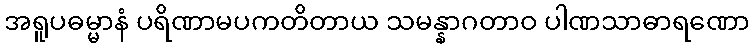
အရူပဓမ္မာနံ ပရိဏာမပကတိတာယ သမန္နာဂတာဝ ပါဏသာဓာရဏော